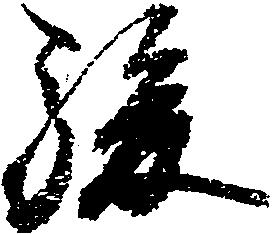
駿